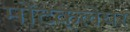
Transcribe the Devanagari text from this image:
मोंटक्लेयर